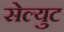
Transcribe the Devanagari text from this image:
सेल्युट